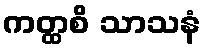
ကတ္ထစိ သာသနံ